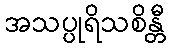
အသပ္ပုရိသစိန္တီ